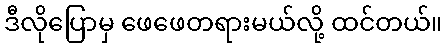
ဒီလိုပြောမှ ဖေဖေတရားမယ်လို့ ထင်တယ်။